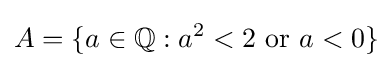
A=\{a\in \mathbb {Q} :a^{2}<2{\text{ or }}a<0\}